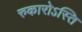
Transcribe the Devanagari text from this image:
रुकारोऽस्ति